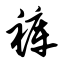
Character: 裤